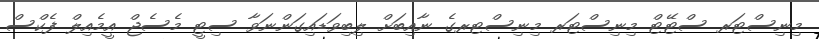
މިނިސްޓަރ ސްޓޭޓް މިނިސްޓަރ މިނިސްޓރގެ ނާއިބަށް ލިބިވަޑައިގަންނަވާ ސިޓީ މެސެޖް އީމެއިލް ފެކްސް